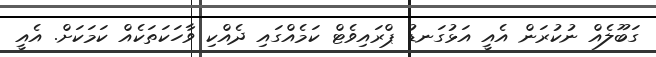
ގަބޫލެއް ނުކުރަން އެއީ އަޅުގަނޑު ޕްރައިވެޓް ކަމެއްގައި ދެއްކި ވާހަކަތަކެއް ކަމަކަށް. އެއީ